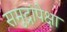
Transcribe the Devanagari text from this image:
समुद्रांपेक्षा